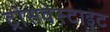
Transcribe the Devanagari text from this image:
ट्रांसवेस्टाइट